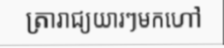
ត្រារាជ្យយារៗមកហៅ